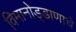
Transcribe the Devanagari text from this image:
विमानोड्डाणाचे